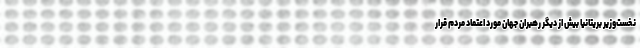
نخست‌وزیر بریتانیا بیش از دیگر رهبران جهان مورد اعتماد مردم قرار